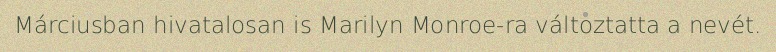
Márciusban hivatalosan is Marilyn Monroe-ra változtatta a nevét.